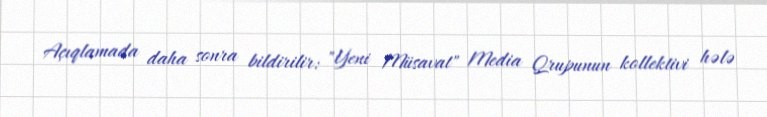
Açıqlamada daha sonra bildirilir: "Yeni Müsavat" Media Qrupunun kollektivi hələ